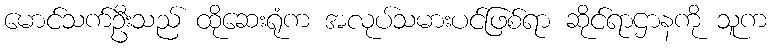
မောင်သက်ဦးသည် ထိုဆေးရုံက အလုပ်သမားပင်ဖြစ်ရာ ဆိုင်ရာဌာနကို သူက